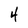
Character: 4